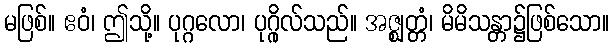
မဖြစ်။ ဧဝံ၊ ဤသို့။ ပုဂ္ဂလော၊ ပုဂ္ဂိုလ်သည်။ အဇ္ဈတ္တံ၊ မိမိသန္တာ၌ဖြစ်သော။